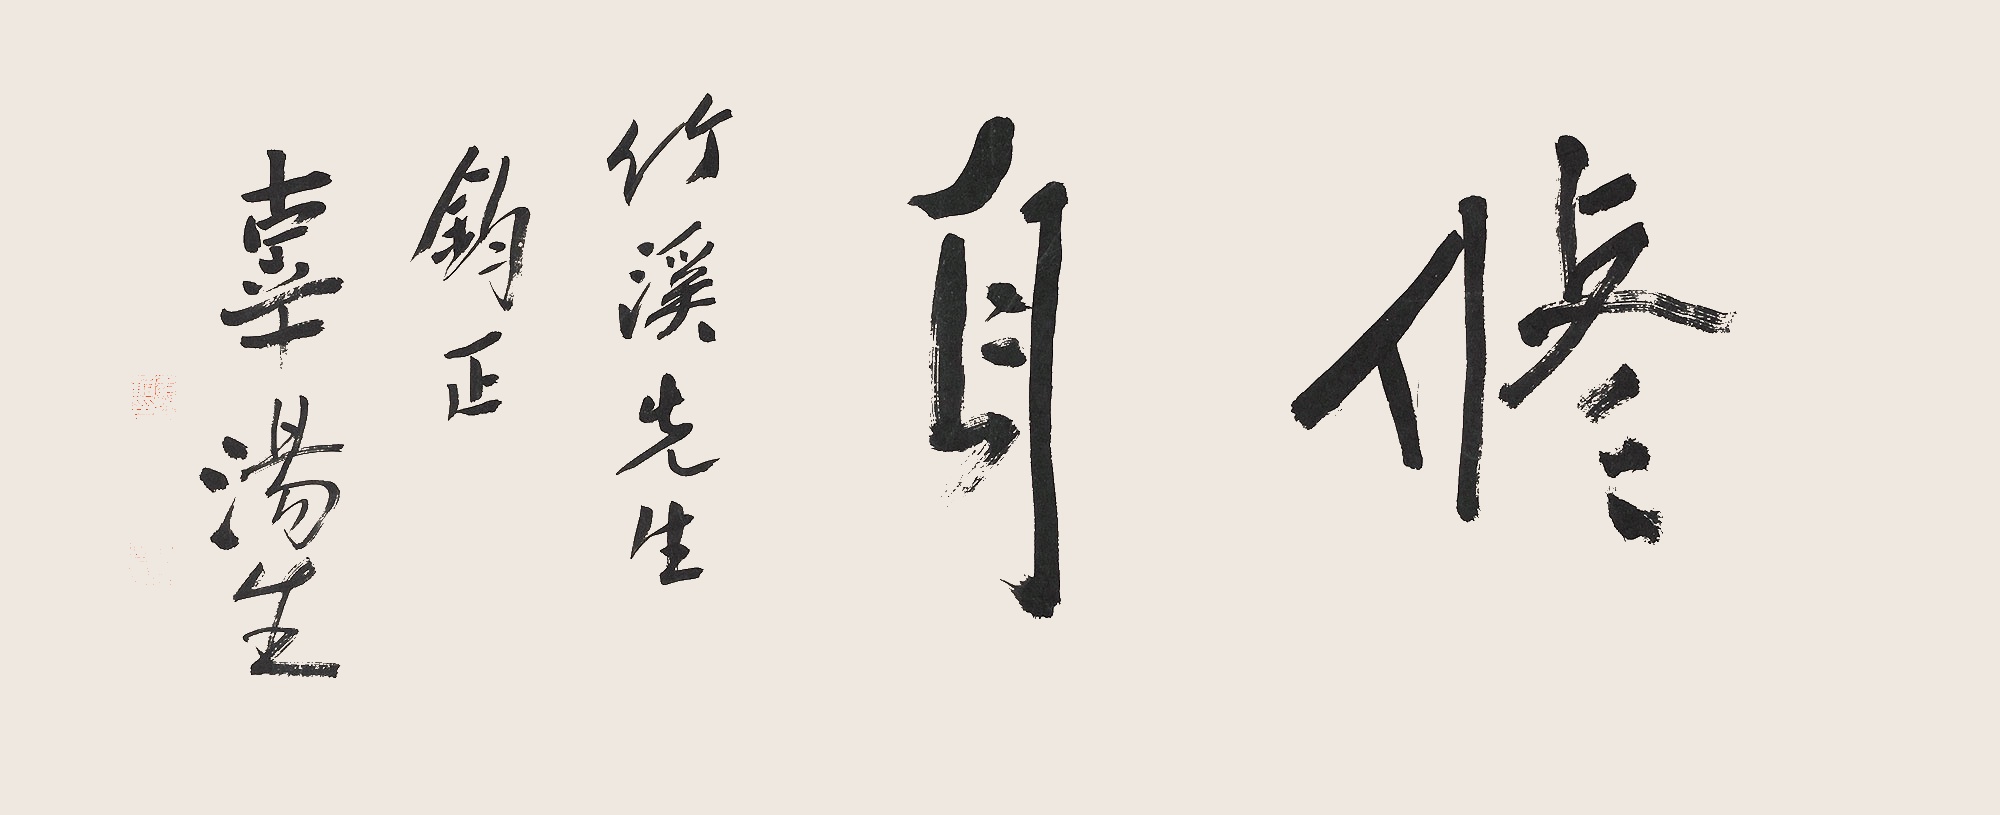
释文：修身竹溪先生钧正。辜汤生。